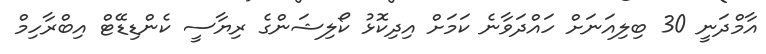
އާމްދަނީ 30 ބިލިއަނަށް ހައްދަވާނެ ކަމަށް އިދިކޮޅު ކޯލިޝަންގެ ރިޔާސީ ކެންޑިޑޭޓް އިބްރާހިމް